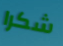
شكرا